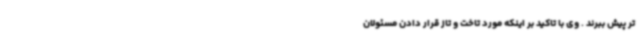
تر پیش ببرند .‌ وی با تاکید بر اینکه مورد تاخت و تاز قرار دادن مسئولان